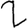
Digit: 2